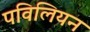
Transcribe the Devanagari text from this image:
पविलियन